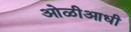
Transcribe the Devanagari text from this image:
ओळीआधी